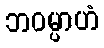
ဘဝမ္ပာဟံ